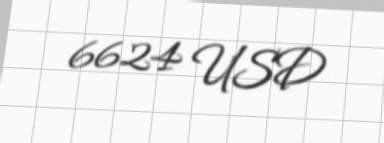
6624 USD